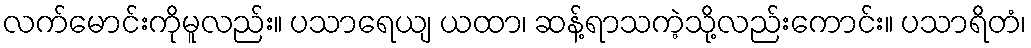
လက်မောင်းကိုမူလည်း။ ပသာရေယျ ယထာ၊ ဆန့်ရာသကဲ့သို့လည်းကောင်း။ ပသာရိတံ၊